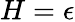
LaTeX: H=\epsilon